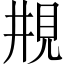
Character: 𠄺